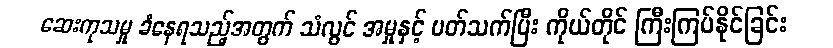
ဆေးကုသမှု ခံနေရသည့်အတွက် သံလွင် အမှုနှင့် ပတ်သက်ပြီး ကိုယ်တိုင် ကြီးကြပ်နိုင်ခြင်း